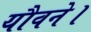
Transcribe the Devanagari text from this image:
यौवने।